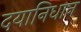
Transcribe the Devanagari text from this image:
दयानिधान